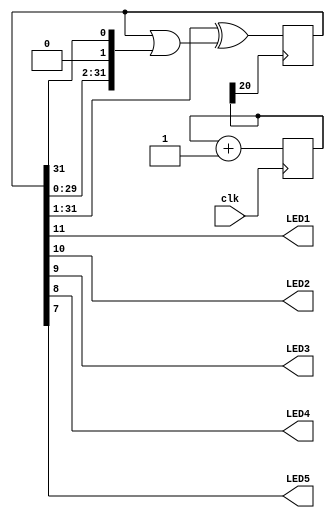
module top (
    input clk,
    output LED1,
    output LED2,
    output LED3,
    output LED4,
    output LED5
);

    localparam BITS = 5;
    localparam LOG2DELAY = 22;
    
    function [BITS-1:0] bin2gray(input [BITS-1:0] in);
        integer i;
        reg [BITS-1:0] temp;
        begin
            temp = in;
            for (i=0; i<BITS; i=i+1)
                bin2gray[i] = ^temp[i +: 2];
        end
    endfunction
    
    
    reg [BITS+LOG2DELAY-1:0] counter = 0;
    
    always@(posedge clk)
        counter <= counter + 1;
        
        
    reg [31:0] rng = 32'h00010000; 
    
    always@(posedge counter[LOG2DELAY-2])
        rng <= ({rng[0],(rng >> 1)})^(rng | {(rng << 1),rng[31]});        
        
    assign {LED1, LED2, LED3, LED4, LED5} = rng[11:7];  // = bin2gray(counter >> LOG2DELAY-1);
    
endmodule